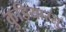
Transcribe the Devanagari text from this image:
कुडियारसु